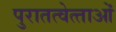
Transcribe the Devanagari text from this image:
पुरातत्‍वेत्‍ताओं